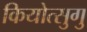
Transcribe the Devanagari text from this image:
कियोत्सुगु